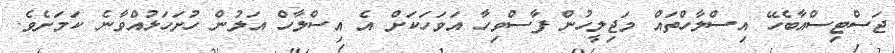
ޖަސްޓިސްއާބެހޭ އިސްލާހްތައް މަޖިލީހުން ފާސްވިހާ އަވަހަކަށް އެ އިސްލާހް އަލުން ހުށަހަޅުއްވާނެ ކަމަށެވެ.